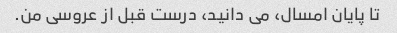
تا پایان امسال، می دانید، درست قبل از عروسی من.